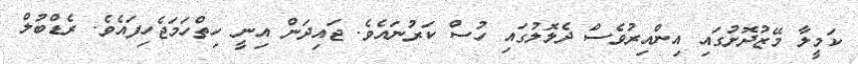
ކަމީލާ މޭޒުދޮށުގައި އިންއިރުވެސް ދެލޮލުގައި ހުސް ކަރުނައެވެ. ޖައިދަން އިނީ ހިތްހަމަޖެހިފައެވެ. ރެޑްބުލް